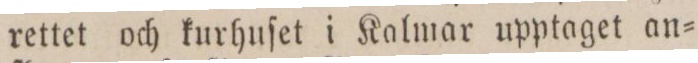
rettet och kurhuſet i Kalmar upptaget an=